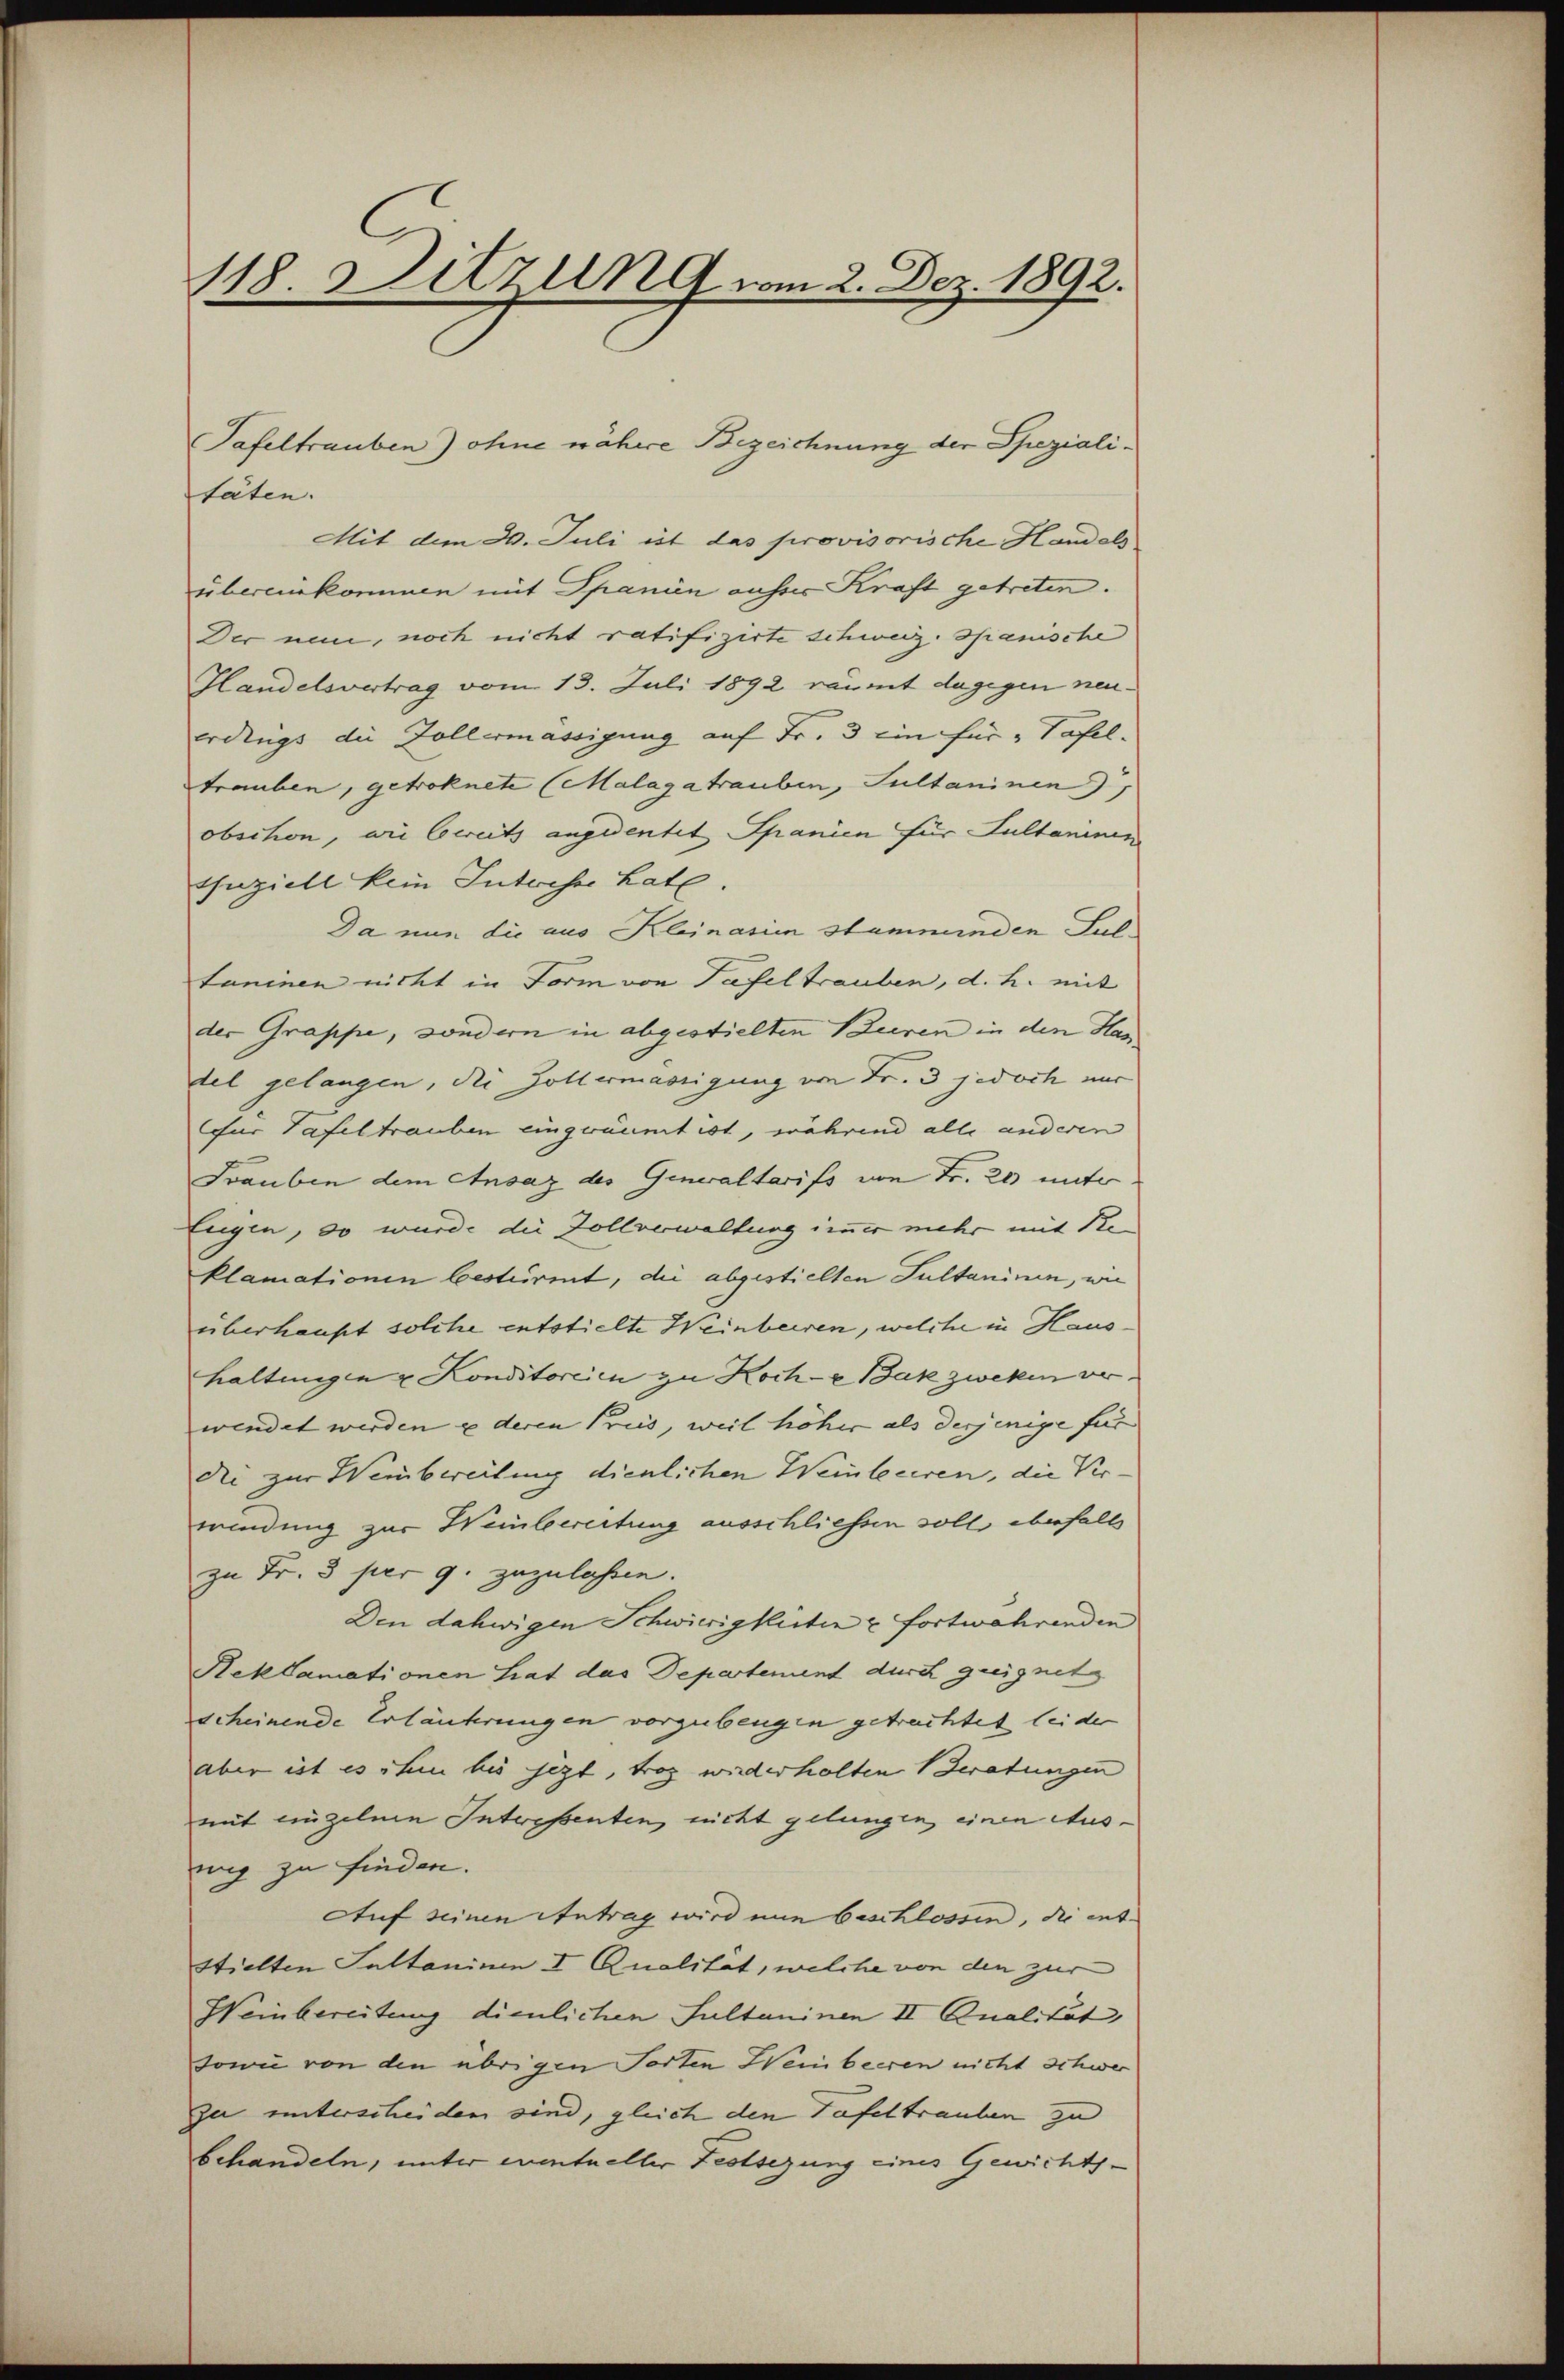
118 Ditzung vom 2. Dez. 1892.

täten.
Mit dem 30. Juli ist das provisorische Handels
übereinkommen mit Spanien ausses Kraft getreten.
Der nun, noch nicht ratifizirte Schweiz. Spanische
Handelsvertrag vom 13. Juli 1892 räumt dagegen neuerdings die Follermässigung auf Fr. 3 ein für " Tafel.
trauben, getroknete (Malagatrauben, Sultaninen
obschon, wie bereits angedeutet Spanien für Sultaninen
Anziell kein Intreser Late
Da nun die aus Kleinasien stammenden Sultaninen nicht in Form von Tafeltrauben, d. h. mit
der Gruppe, sondern in abgestielten Bauren in den Han
del gelangen, die Zollermassigung von Fr. 3 jedoch nur
für Tafeltrauben eingeräumt ist, während alle anderen
Trauben dem Ansaz des Generaltarifs von Fr. 20 unter¬
Eugen, so wurde die Zollverwaltung immer mehr mit Re-
klamationen bestürmt, die abgestielten Sultaninen, wie
überhaupt solche entstielte Weinbeiren, welche in Haushaltungen & Konditoreien zu Koch-E Bák zweken verwendet werden u deren Pries, weil höher als derjenige für
Die zur Weinbereitung dienlichen Weinleciren, die Verwindung zur Weinbereitung ausschliessen soll ebenfalls
zu Fr. 3 per 9. zuzulassen.
Den dahwigen Schwierigkeiten u fortwährenden
Reklamationen Liat das Departement durch geeignet
scheinende Erläuterungen vorzubeugen getrachtet leiden
aber ist es sten bis jezt, trag wiederholten Beratungen
mit einzelnen Interessenten, nicht gelungen, einen Ausnig zu finden.
Auf seinen Antrag wird nun beschlossen, die entstielten Suttaninen I Qualität, welche von den zur
Weinbereitung dienlichen Sultaninen II Qualität,
sowie von den übrigen Torten Weinbeeren nicht schwer
zu unterscheiden sind, gleich den Tafeltrauben zu
behandeln, unter eventueller Festsezung eines Gewichts¬

Tafeltrauben) ohne nähere Bezeichnung der Speziali¬